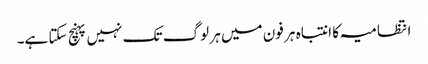
انتظامیہ کا انتباہ ہر فون میں ہر لوگ تک نہیں پہنچ سکتا ہے۔